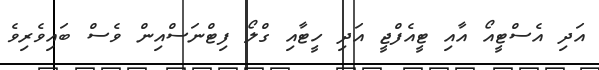
އަދި އެސްޓީއޯ އާއި ޓީއެފްޖީ އަދި ހީޓާއި ގްލޯ ފިޓްނަސްއިން ވެސް ބައިވެރިވެ